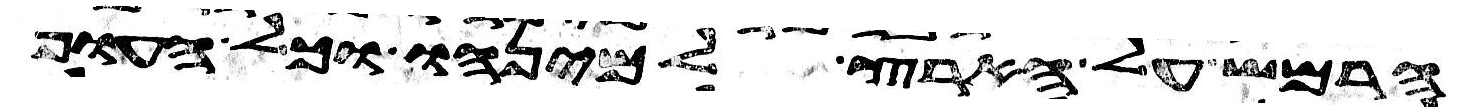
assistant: הרמש על הארץ למינהו וכל העוף